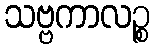
သဗ္ဗကာလဉ္စ